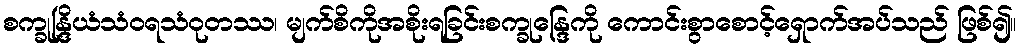
စက္ခုန္ဒြိယံသံဝရသံဝုတဿ၊ မျက်စိကိုအစိုးရခြင်းစက္ခုန္ဒြေကို ကောင်းစွာစောင့်ရှောက်အပ်သည် ဖြစ်၍။